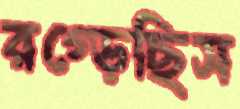
রগ্‌ড়েছিস